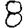
Digit: 8